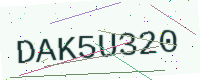
Text: DAK5U320